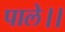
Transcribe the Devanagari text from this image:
पाले।।